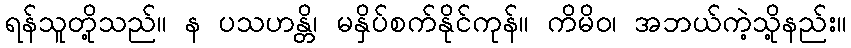
ရန်သူတို့သည်။ န ပသဟန္တိ၊ မနှိပ်စက်နိုင်ကုန်။ ကိမိဝ၊ အဘယ်ကဲ့သို့နည်း။